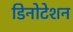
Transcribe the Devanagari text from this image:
डिनोटेशन